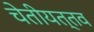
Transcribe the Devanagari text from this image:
चेतीयत्तव